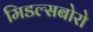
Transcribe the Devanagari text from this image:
मिडल्सबोरो